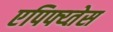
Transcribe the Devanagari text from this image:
एपिफ्य्तेस